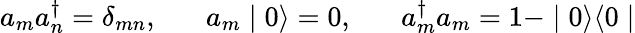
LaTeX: a_{m}a_{n}^{\dagger}=\delta_{mn},\; \; \; \; \; \; a_{m}\mid 0\rangle=0,\; \; \; \; \; \; a_{m}^{\dagger}a_{m}=1-\mid 0\rangle\langle 0\mid